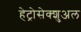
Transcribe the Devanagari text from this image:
हेट्रोसेक्शुअल